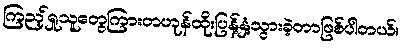
ကြည့်ရှုသူတွေကြားတဟုန်ထိုးပြန့်နှံ့သွားခဲ့တာဖြစ်ပါတယ်။